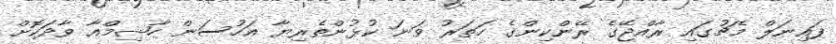
ފައިނަލް މެޗުގައި ރާއްޖޭގެ ރޭންކިންގެ ހަތަރު ވަނަ ކުޅުންތެރިޔާ އަހުސަން ހާޝިމްއާ ވާދަކޮށް